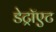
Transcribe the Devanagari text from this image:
डेट्रॉएट